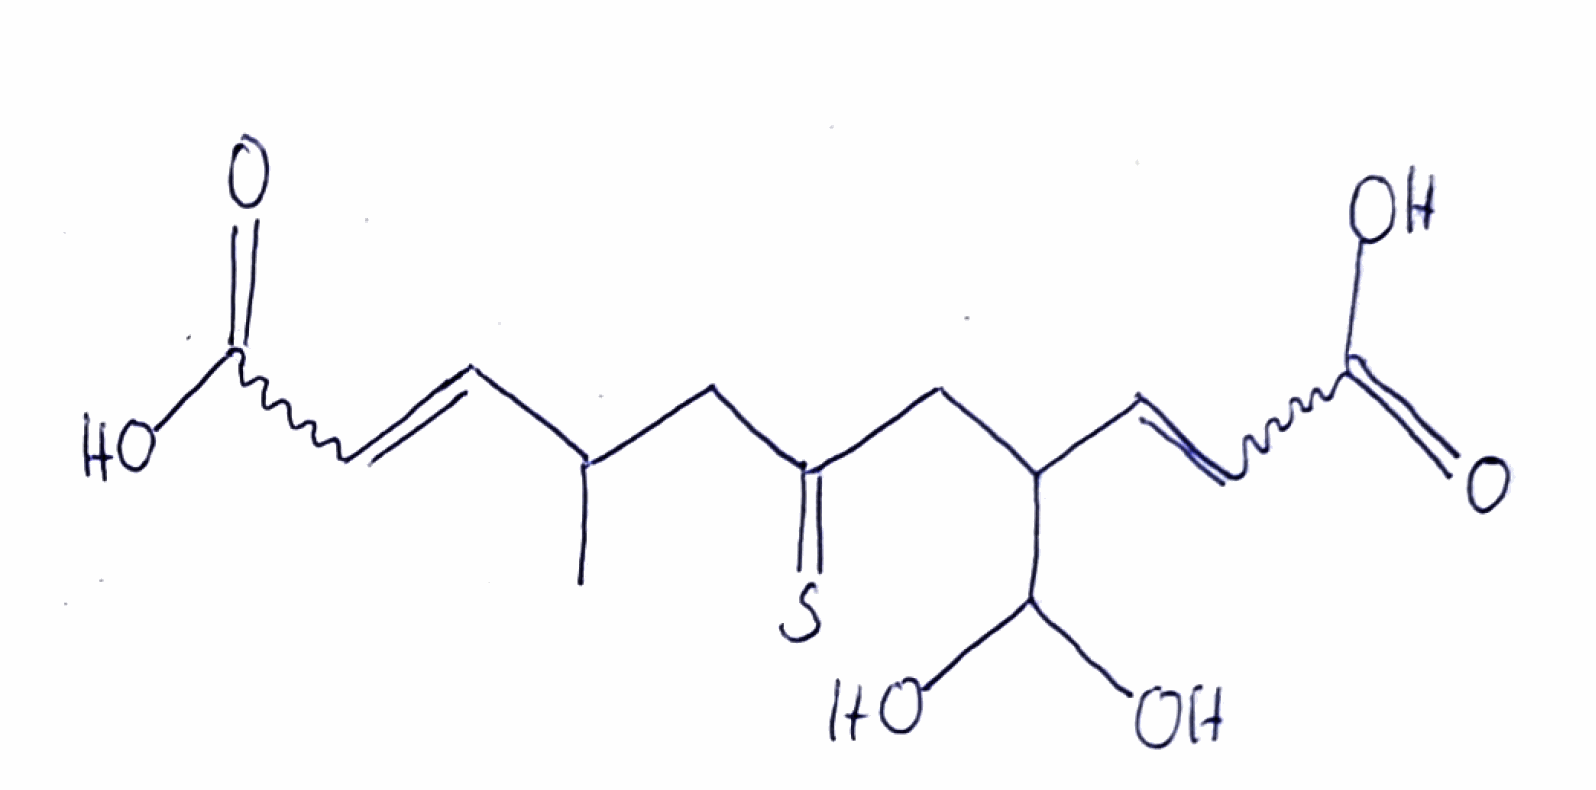
Simplified molecular-input line-entry system (SMILES) notation of the given molecule:
CC(CC(=S)CC(C=CC(=O)O)C(O)O)C=CC(=O)O